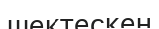
шектескен